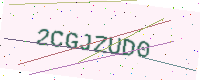
Text: 2CGJZUD0